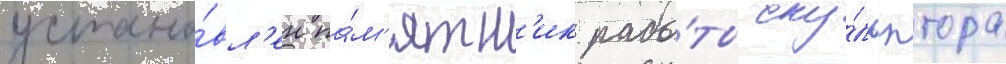
устано́вл'ен па́м'ятн'ик рабо́ты ску́льптора